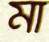
মা